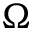
\Omega